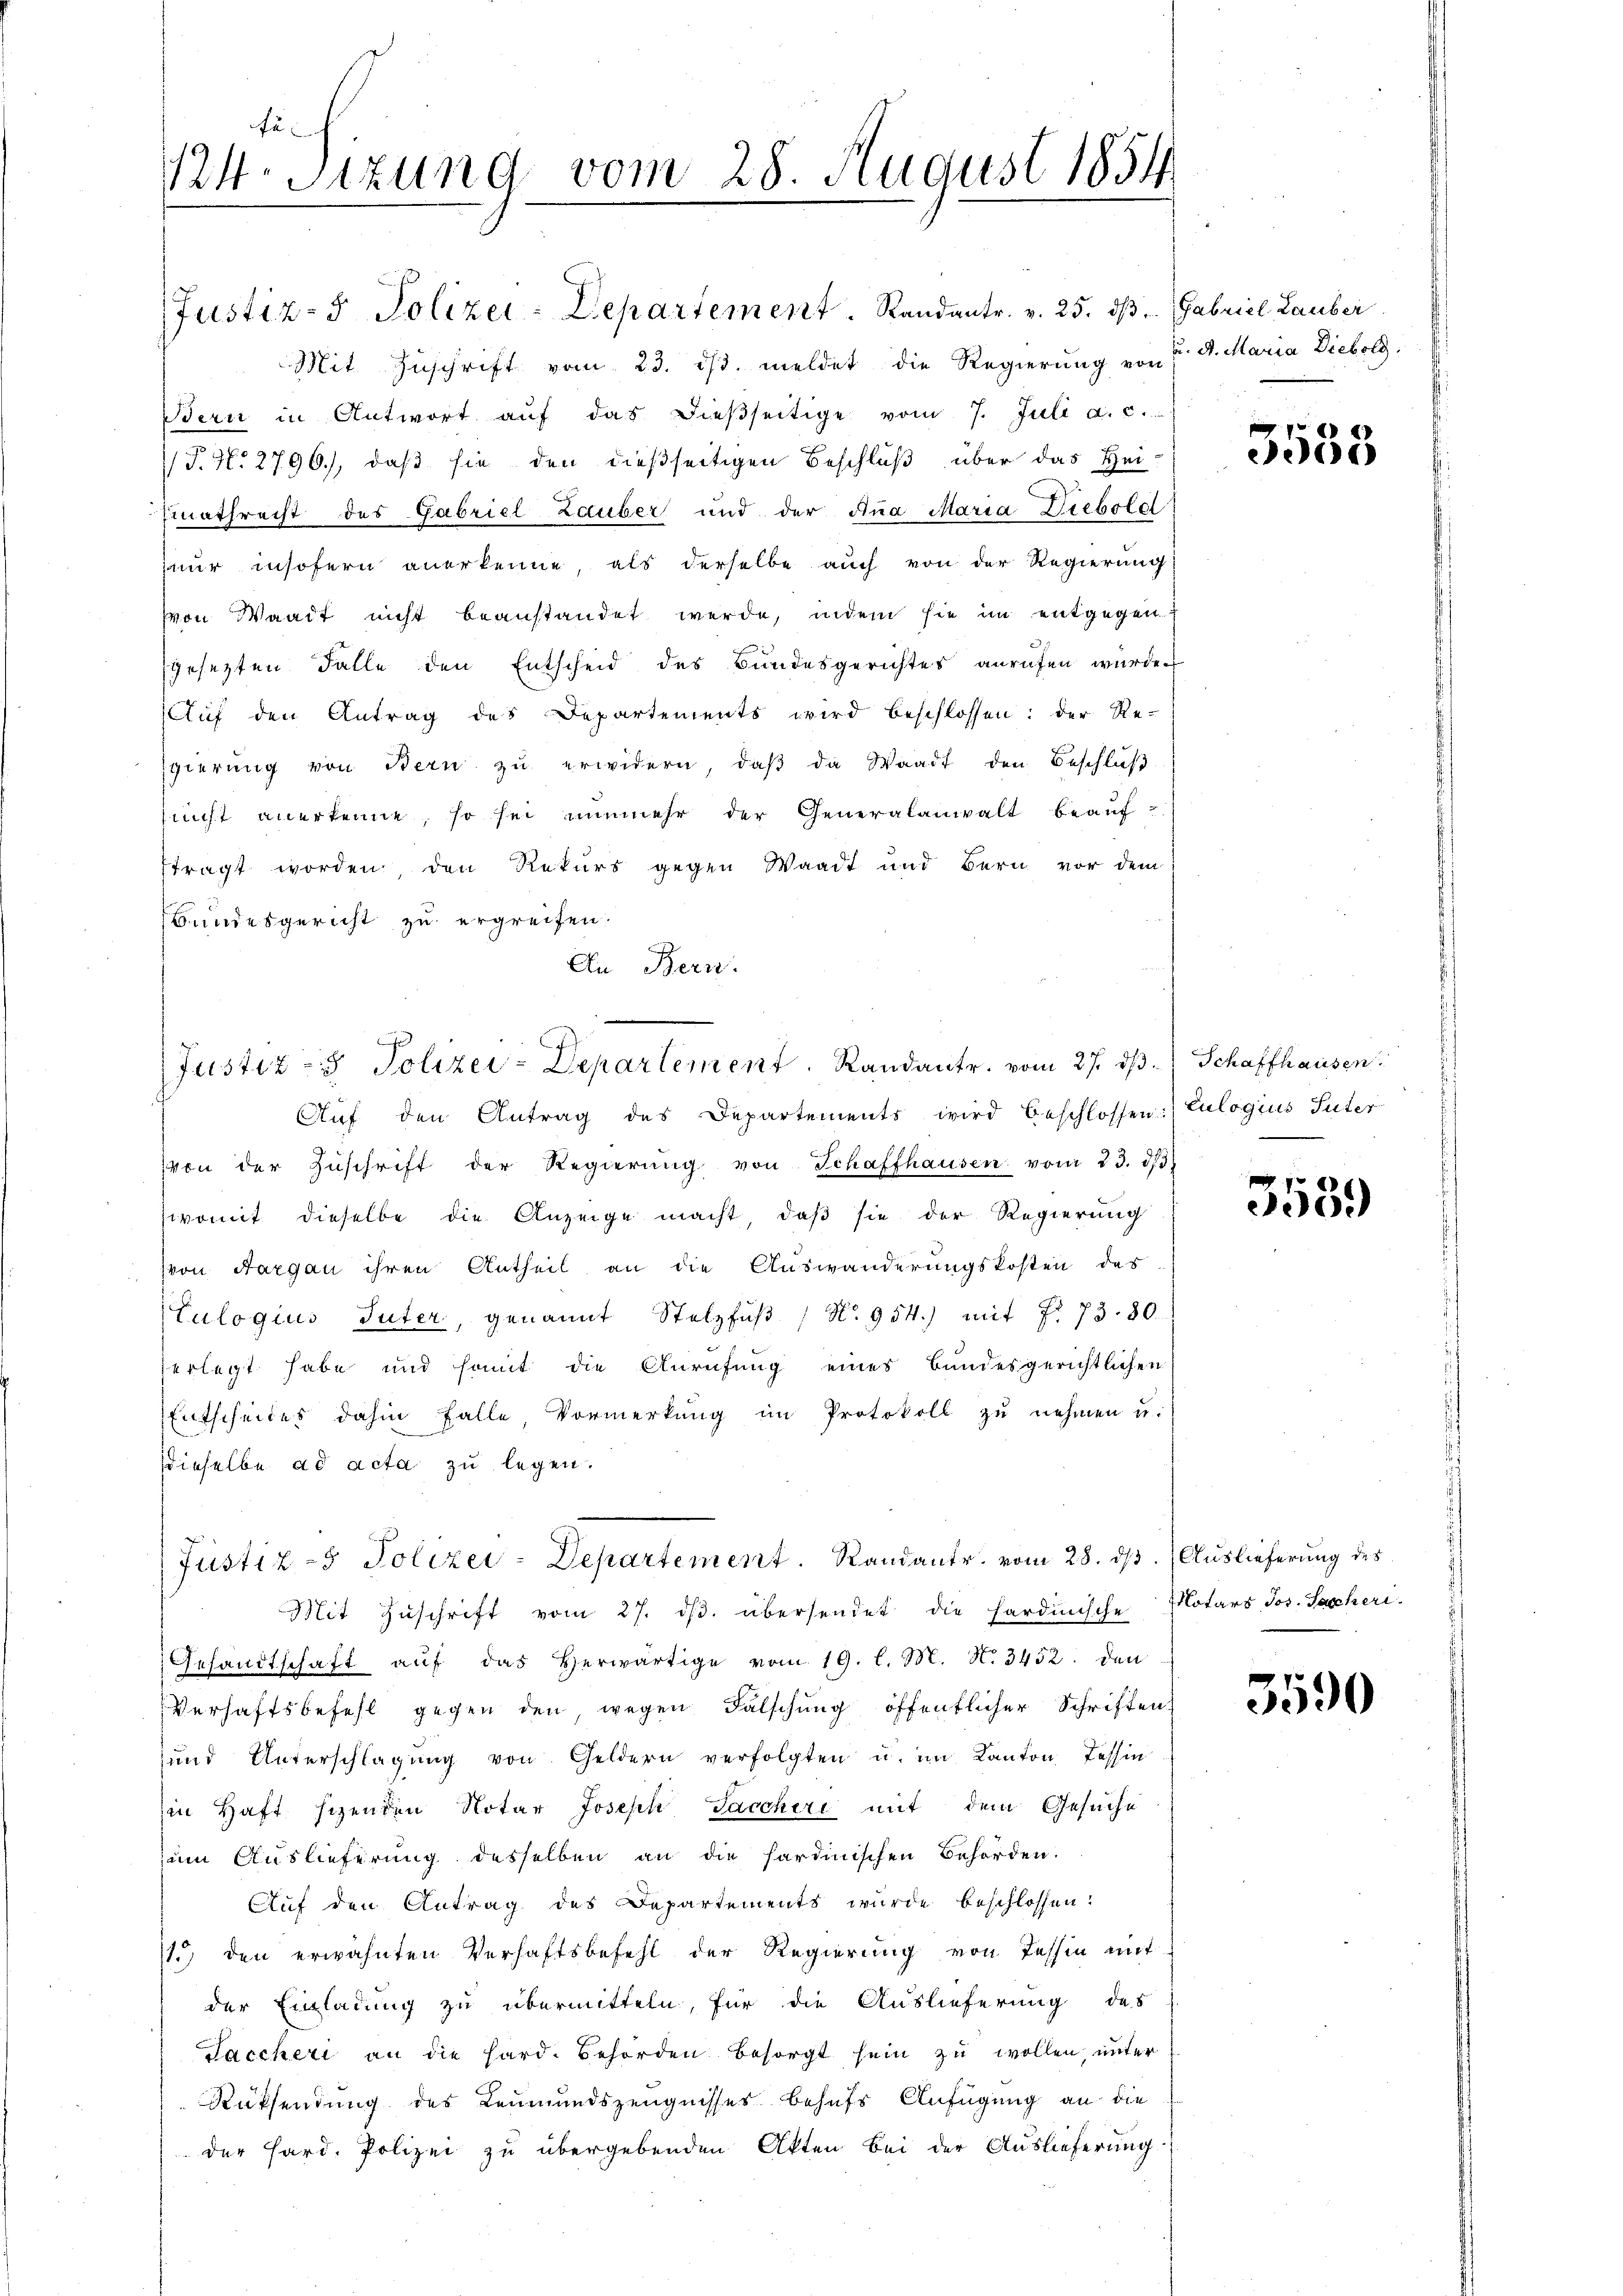
Justiz- & Polizei: Departement. Randantr. v. 25. dβ. Gabriel Lauber
Mit Zuschrift vom 23. ds. meldet die Regierung von 7. d. Maria Diebold
Bern in Antwort aŭf das dießseitige vom 7. Juli a. c.
/J. N. 2796), daß sie den dießseitigen Beschluß über das Heimathrecht das Gabriel Zauber und der Ana Maria Diebold
nur insofern anerkenne, als derselbe auch von der Regierung
von Waadt nicht beanstandet werde, indem sie im entgegen
gesezten Falle den Entscheid des Bundesgerichtes anrufen wurde
Auf den Antrag des Departements wird beschlossen: der Re-
Egierŭng von Bern zŭ erwidern, daβ da Waadt den Beschlŭβ
nicht anerkenne, so sei nunmehr der Generalanwalt beauf-
ftragt worden, den Rekurs gegen Waadt und Bern vor dem
Bundesgericht zu ergreifen.
An Bern.
e

Justiz- & Polizei-Departement. Randantr. vom 27. ds. Schaffhausen.

fül
124. Sizung vom 28. August 1854

Aŭf den Antrag des Departements wird beschlossen: Eulogius Suter
von der Zŭschrift der Regierŭng von Schaffhausen vom 23. dβ
swomit dieselbe die Anzeige macht, daß sie der Regierung
von Aargau ihren Antheil an die Auswanderungskosten des
Hulogius Tuter, genannt Stelzfŭβ / N. 954.) mit f. 73. 30.
verlegt habe und somit die Anrufung eines Bundesgerichtlichen
Entscheides dahin falle Vormerkung im Protokoll zu nehmen u.
dieselbe ad acta zu legen.
Mit Zŭschrift vom 27. dβ. übersendet die Hardinische Notars Jos. Sacheri-
Gesandtschaft aŭf das herwärtige vom 19. l. M. N. 3452. den
Verhaftsbefehl gegen den wegen Falschung öffentlicher Schriften
und Unterschlagung von Geldern verfolgten u. im Kanton Tessin
in Haft schenden Notar Joseph Sacchiri mit dem Gesuche
zum Auslieferung desselben an die sardinischen Behörden.
Aŭf den Antrag des Departements wurde beschlossen:
1.) den erwähnten Verhaftsbefehl der Regierung von Tessin mit
der Einladung zu übermitteln, für die Auslieferung des
Saccheri an die Hard. Behörden besorgt sein zu wollen, unter
Rücksendung des Leumundszeugnisses behufs Anfügung an die
der Hard. Polizei zu übergebenden Akten bei der Auslieferung

Justiz- & Polizei-Departement. Randant. vom 28. dβ. (Auslieferung des

g
535

3539

3590